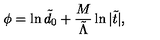
\phi = \ln { \tilde { d } _ { 0 } } + \frac M { \tilde { \Lambda } } \ln { | \tilde { t } | } ,